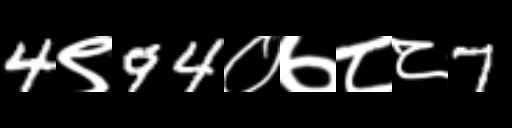
Text: 4९94०७८८7